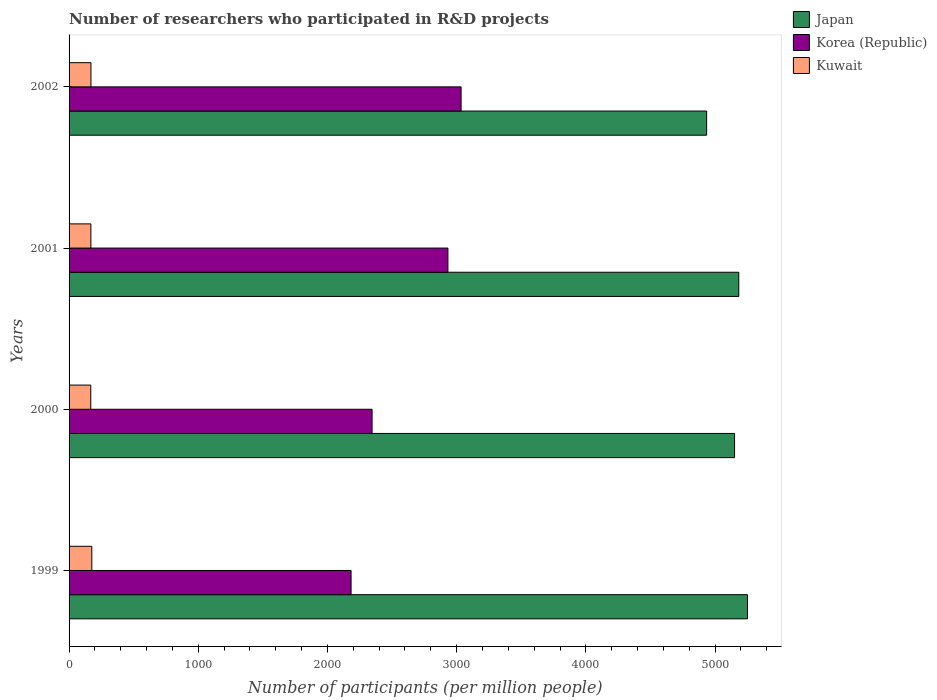
| Years | Japan | Korea (Republic) | Kuwait |
 | --- | --- | --- | --- |
 | 1999 | 5.25e+03 | 2.18e+03 | 176 |
 | 2000 | 5.15e+03 | 2.35e+03 | 168 |
 | 2001 | 5.18e+03 | 2.93e+03 | 169 |
 | 2002 | 4.93e+03 | 3.03e+03 | 169 |